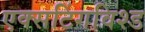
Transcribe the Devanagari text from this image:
एक्सटिंगविश्ड